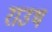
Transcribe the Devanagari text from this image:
राउथ